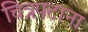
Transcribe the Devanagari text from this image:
चित्रपटाना